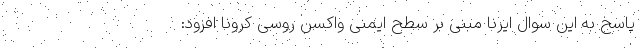
پاسخ به این سوال ایرنا مبنی بر سطح ایمنی واکسن روسی کرونا افزود: